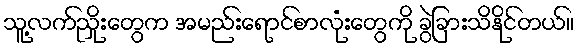
သူ့လက်ညှိုးတွေက အမည်းရောင်စာလုံးတွေကို ခွဲခြားသိနိုင်တယ်။